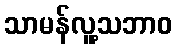
သာမန်လူ့သဘာဝ